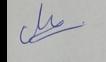
Signature authenticity: genuine